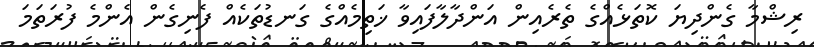
ރިޝްމާ ގެންދިޔަ ކޮތަޅެއްގެ ތެރެއިން އަންދާލާފައިވާ ޚަތިމެއްގެ ގަނޑުތަކެއް ފެނިގެން އެންމެ ފުރަތަމަ